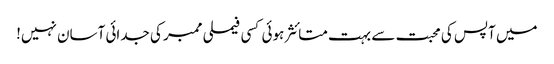
میں آپس کی محبت سے بہت متائثر ہوئی کسی فیملی ممبر کی جدائی آسان نہیں!